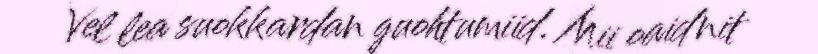
Vel lea suokkardan guohtumiid. Mii oaidnit